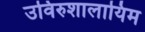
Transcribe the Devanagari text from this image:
उविरुशालायिम